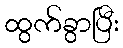
ထွက်ခွာပြီး